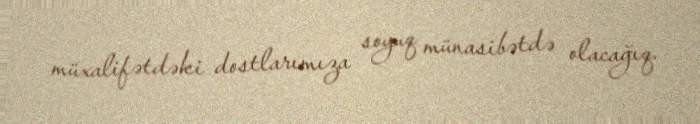
müxalifətdəki dostlarımıza soyuq münasibətdə olacağıq.